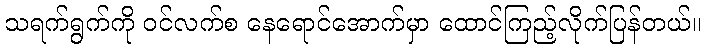
သရက်ရွက်ကို ဝင်လက်စ နေရောင်အောက်မှာ ထောင်ကြည့်လိုက်ပြန်တယ်။